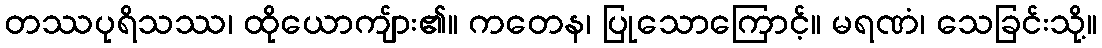
တဿပုရိသဿ၊ ထိုယောကျ်ား၏။ ကတေန၊ ပြုသောကြောင့်။ မရဏံ၊ သေခြင်းသို့။